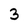
Character: 3